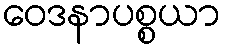
ဝေဒနာပစ္စယာ